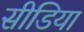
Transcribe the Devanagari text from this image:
सीडिया